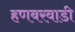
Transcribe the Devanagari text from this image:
हणबरवाडी